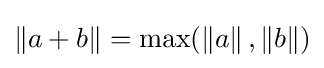
\left\|a+b\right\|=\max(\left\|a\right\|,\left\|b\right\|)